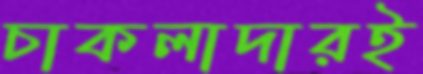
চাকলাদারই